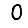
Digit: 0